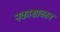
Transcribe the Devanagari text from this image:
नकाशावरुन